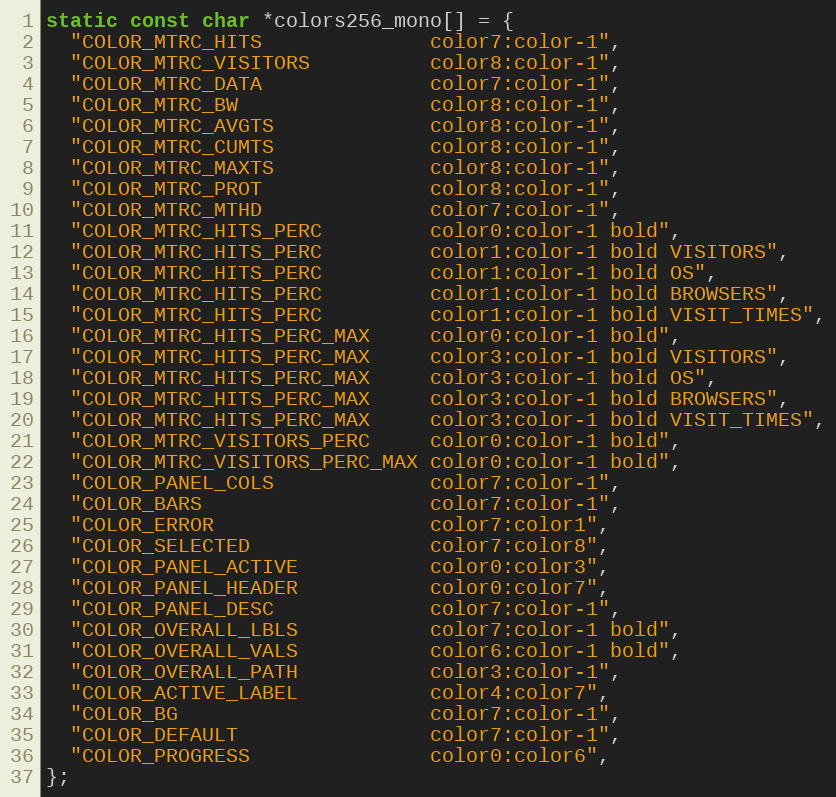
Language: C
static const char *colors256_mono[] = {
  "COLOR_MTRC_HITS              color7:color-1",
  "COLOR_MTRC_VISITORS          color8:color-1",
  "COLOR_MTRC_DATA              color7:color-1",
  "COLOR_MTRC_BW                color8:color-1",
  "COLOR_MTRC_AVGTS             color8:color-1",
  "COLOR_MTRC_CUMTS             color8:color-1",
  "COLOR_MTRC_MAXTS             color8:color-1",
  "COLOR_MTRC_PROT              color8:color-1",
  "COLOR_MTRC_MTHD              color7:color-1",
  "COLOR_MTRC_HITS_PERC         color0:color-1 bold",
  "COLOR_MTRC_HITS_PERC         color1:color-1 bold VISITORS",
  "COLOR_MTRC_HITS_PERC         color1:color-1 bold OS",
  "COLOR_MTRC_HITS_PERC         color1:color-1 bold BROWSERS",
  "COLOR_MTRC_HITS_PERC         color1:color-1 bold VISIT_TIMES",
  "COLOR_MTRC_HITS_PERC_MAX     color0:color-1 bold",
  "COLOR_MTRC_HITS_PERC_MAX     color3:color-1 bold VISITORS",
  "COLOR_MTRC_HITS_PERC_MAX     color3:color-1 bold OS",
  "COLOR_MTRC_HITS_PERC_MAX     color3:color-1 bold BROWSERS",
  "COLOR_MTRC_HITS_PERC_MAX     color3:color-1 bold VISIT_TIMES",
  "COLOR_MTRC_VISITORS_PERC     color0:color-1 bold",
  "COLOR_MTRC_VISITORS_PERC_MAX color0:color-1 bold",
  "COLOR_PANEL_COLS             color7:color-1",
  "COLOR_BARS                   color7:color-1",
  "COLOR_ERROR                  color7:color1",
  "COLOR_SELECTED               color7:color8",
  "COLOR_PANEL_ACTIVE           color0:color3",
  "COLOR_PANEL_HEADER           color0:color7",
  "COLOR_PANEL_DESC             color7:color-1",
  "COLOR_OVERALL_LBLS           color7:color-1 bold",
  "COLOR_OVERALL_VALS           color6:color-1 bold",
  "COLOR_OVERALL_PATH           color3:color-1",
  "COLOR_ACTIVE_LABEL           color4:color7",
  "COLOR_BG                     color7:color-1",
  "COLOR_DEFAULT                color7:color-1",
  "COLOR_PROGRESS               color0:color6",
};